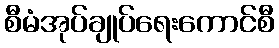
စီမံအုပ်ချုပ်ရေးကောင်စီ